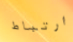
ارتباط